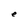
Character: e